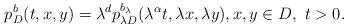
LaTeX: \begin{align*}p^{b}_{D}(t,x,y)=\lambda^{d}p^{b_{\lambda}}_{\lambda D}(\lambda^{\alpha}t,\lambda x,\lambda y), x,y\in D,\ t>0.\end{align*}